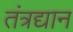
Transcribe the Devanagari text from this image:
तंत्रद्यान